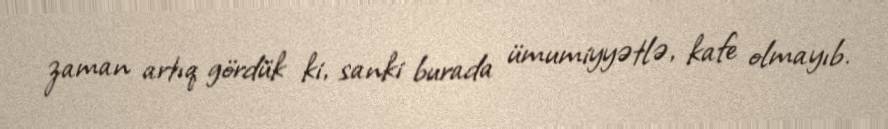
zaman artıq gördük ki, sanki burada ümumiyyətlə, kafe olmayıb.